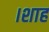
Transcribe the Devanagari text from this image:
।शाह